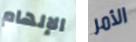
الإلهام الأمر